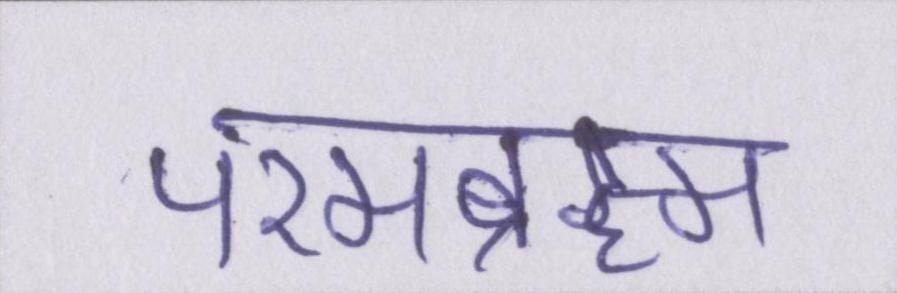
परमब्रह्म